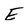
Character: E